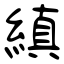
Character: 縝